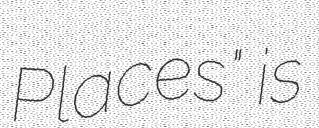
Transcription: Places" is